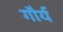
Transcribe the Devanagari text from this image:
गौर्य